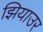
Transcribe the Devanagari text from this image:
झियाउर